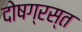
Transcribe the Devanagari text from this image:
दोषग्रस्त